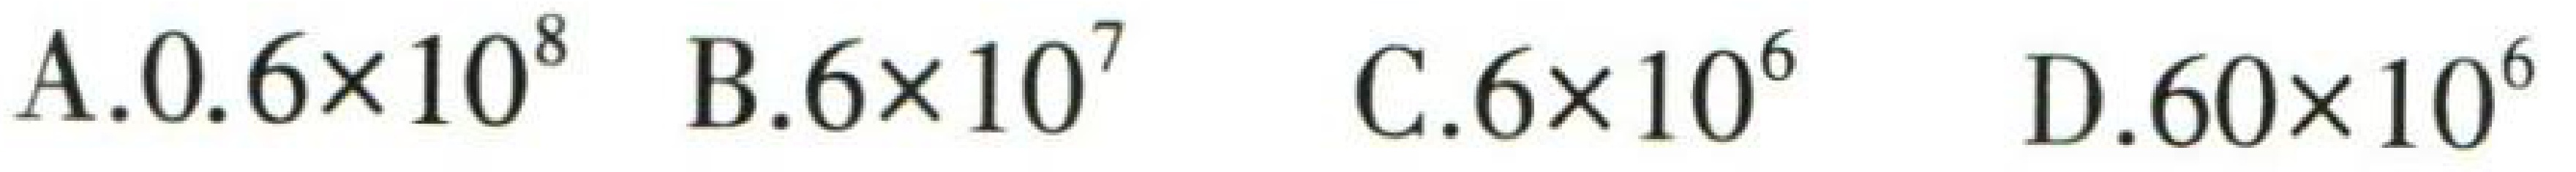
A.$0.6\times 10^{8}$ B.$6\times 10^{7}$ C.$6\times 10^{6}$ D.$60\times 10^{6}$